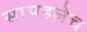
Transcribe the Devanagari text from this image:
सापडलेच